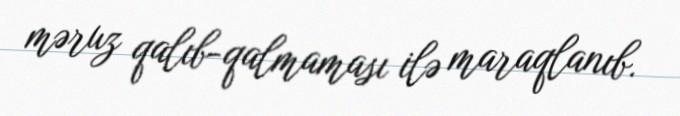
məruz qalıb-qalmaması ilə maraqlanıb.